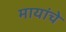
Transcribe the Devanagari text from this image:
मायांचे